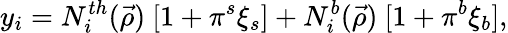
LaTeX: y_{i}=N_{i}^{th}(\vec{\rho})~[1+\pi^{s}\xi_{s}]+N_{i}^{b}(\vec{\rho})~[1+\pi^{b}\xi_{b}],